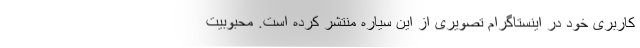
کاربری خود در اینستاگرام تصویری از این سیاره منتشر کرده است. محبوبیت